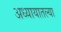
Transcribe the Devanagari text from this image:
अध्यायातल्या